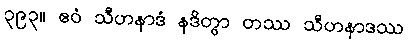
၃၉၃။ ဧဝံ သီဟနာဒံ နဒိတွာ တဿ သီဟနာဒဿ